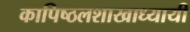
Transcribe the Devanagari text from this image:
कापिष्ठलशाखाध्यायी